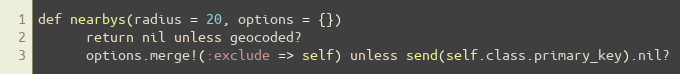
Language: Ruby
def nearbys(radius = 20, options = {})
      return nil unless geocoded?
      options.merge!(:exclude => self) unless send(self.class.primary_key).nil?